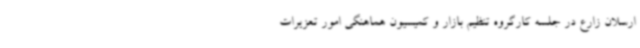
ارسلان زارع در جلسه کارگروه تنظیم بازار و کمیسیون هماهنگی امور تعزیرات